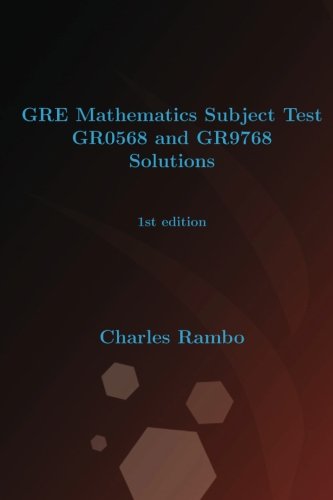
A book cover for GRE Mathematics Subject Test GR0568 and GR9768 Solutions: 1st edition; Charles Rambo; Test Preparation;